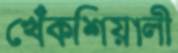
খেঁকশিয়ালী